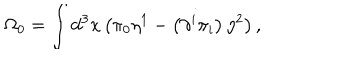
LaTeX: \Omega _ { 0 } = \int \mathrm { d } ^ { 3 } x \left( \pi _ { 0 } \eta ^ { 1 } - \left( \partial ^ { i } \pi _ { i } \right) \eta ^ { 2 } \right) ,